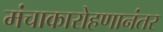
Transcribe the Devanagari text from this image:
मंचाकारोहणानंतर